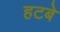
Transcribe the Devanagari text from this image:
हटबे